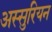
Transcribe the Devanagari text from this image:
अस्सुरियन